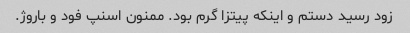
زود رسید دستم و اینکه پیتزا گرم بود. ممنون اسنپ فود و باروژ.